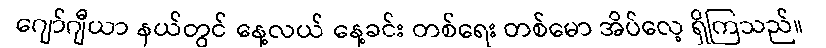
ဂျော်ဂျီယာ နယ်တွင် နေ့လယ် နေ့ခင်း တစ်ရေး တစ်မော အိပ်လေ့ ရှိကြသည်။